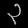
Digit: ၃